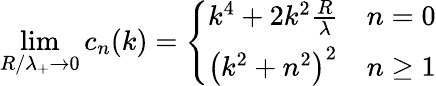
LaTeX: \operatorname*{lim}_{R/\lambda_{+}\rightarrow 0}c_{n}(k)=\left\{ \begin{array}{ll}{k^{4}+2k^{2}\frac{R}{\lambda}}&{n=0}\\ {\left(k^{2}+n^{2}\right)^{2}}&{n\geq 1}\end{array}\right.